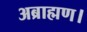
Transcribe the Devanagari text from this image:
अब्राह्मण।